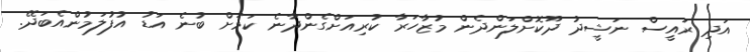
އަދި ރައީސް ނަޝީދު ދޫކޮށްލަންދެން މުޒާހަރާ ކުރިއަށްގެންދާނެ ކަމަށް ބުނެ އަޑު އުފުލަމުންއެބަދޭ.